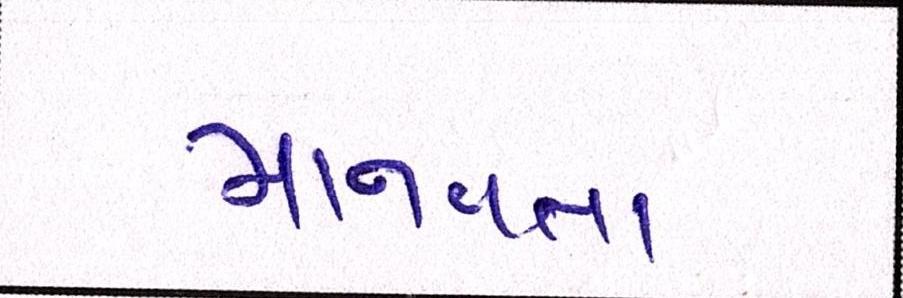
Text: માનવતા